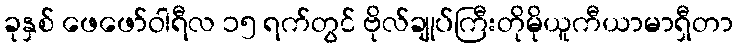
ခုနှစ် ဖေဖော်ဝါရီလ ၁၅ ရက်တွင် ဗိုလ်ချုပ်ကြီးတိုမိုယူကီယာမာရှီတာ